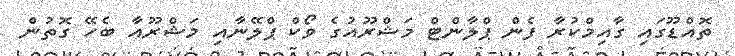
ތޮއްޑޫގައި ގާއިމްކުރާ ފެން ޕްލާންޓް މަޝްރޫއުގެ ވޯކް ޕްލޭނާއި މަޝްރޫއާ ބެހޭ ގޮތުން